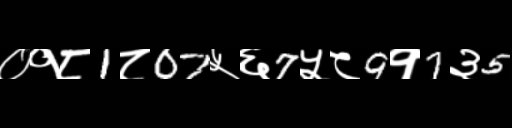
Text: ०१८1८07५६7५८9१7३5